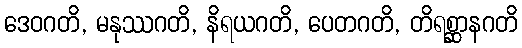
ဒေဝဂတိ, မနုဿဂတိ, နိရယဂတိ, ပေတဂတိ, တိရစ္ဆာနဂတိ